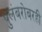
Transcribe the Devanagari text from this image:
पुलंबरोबरही